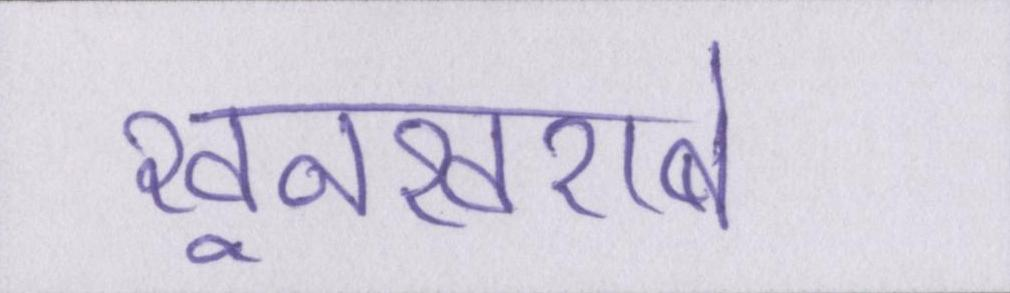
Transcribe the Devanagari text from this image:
खूनखराबे